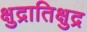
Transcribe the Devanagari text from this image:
क्षुद्रातिक्षुद्र